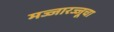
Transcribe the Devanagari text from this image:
मज्जारज्जूचा